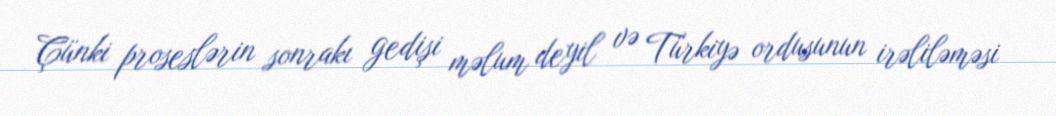
Çünki proseslərin sonrakı gedişi məlum deyil və Türkiyə ordusunun irəliləməsi